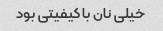
خیلی نان با کیفیتی بود